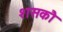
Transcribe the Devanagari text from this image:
शसकौ